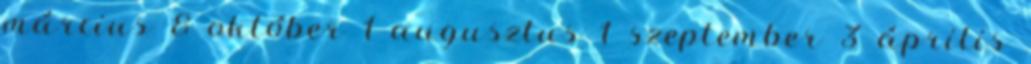
március 8 október 1 augusztus 1 szeptember 3 április